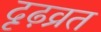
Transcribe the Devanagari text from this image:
दृढ़व्रत